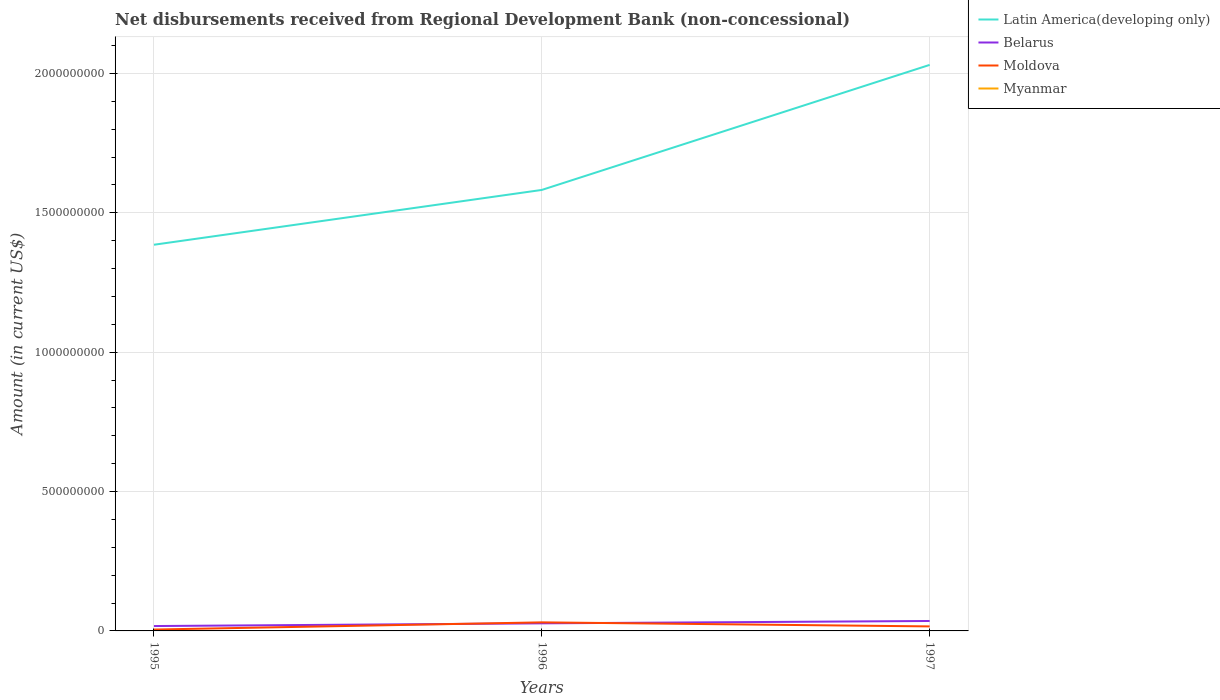
| Years | Latin America(developing only) | Belarus | Moldova | Myanmar |
 | --- | --- | --- | --- | --- |
 | 1995 | 1.39e+09 | 1.75e+07 | 4.94e+06 | -8.92e+05 |
 | 1996 | 1.58e+09 | 2.72e+07 | 3.07e+07 | -8.63e+05 |
 | 1997 | 2.03e+09 | 3.56e+07 | 1.62e+07 | -8.39e+05 |